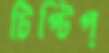
টিপ্‌টিপ্‌